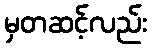
မှတဆင့်လည်း